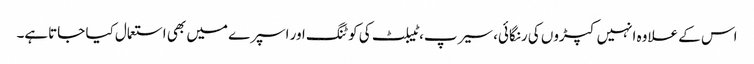
اس کے علاوہ انہیں کپڑوں کی رنگائی، سیرپ، ٹیبلٹ کی کو ٹنگ اور اسپرے میں بھی استعمال کیا جاتاہے۔